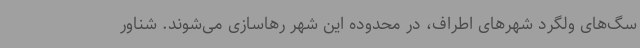
سگ‌های ولگرد شهرهای اطراف، در محدوده این شهر رهاسازی می‌شوند. شناور